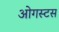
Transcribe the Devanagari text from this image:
ओगस्टस